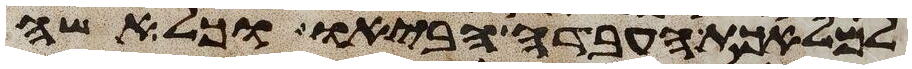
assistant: למלאכת העבדה הביאו וכל אשה